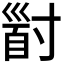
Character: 𡬹